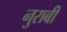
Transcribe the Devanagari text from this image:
नुराबी